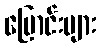
မြောင်းများ